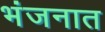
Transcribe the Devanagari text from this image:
भंजनात